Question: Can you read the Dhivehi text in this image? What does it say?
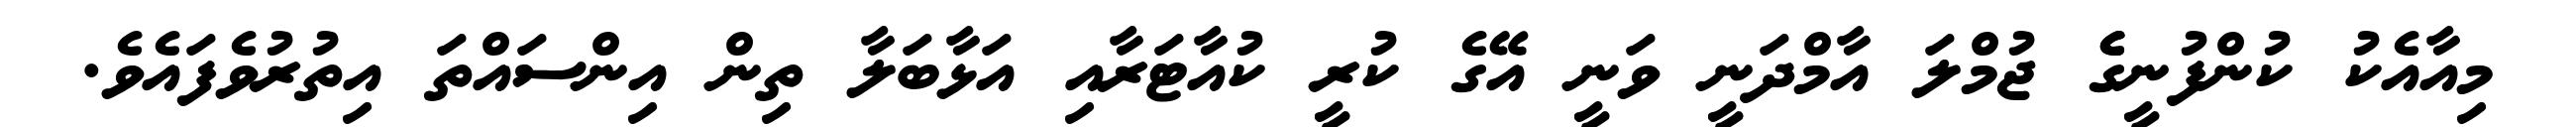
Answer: މިއާއެކު ކުންފުނީގެެ ޖުމްލަ އާމްދަނީ ވަނީ އޭގެ ކުރީ ކުއާޓަރާއި އަޅާބަލާ ތިން އިންސައްތަ އިތުރުވެފައެވެ.